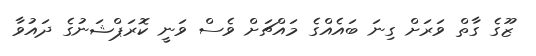
ޒޫގެ ގާތް ވަރަށް ގިނަ ބައެއްގެ މައްޗަށް ވެސް ވަނީ ކޮރަޕްޝަނުގެ ދައުވާ